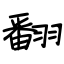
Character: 翻